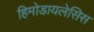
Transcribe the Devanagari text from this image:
हिमोडायलेसिस